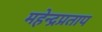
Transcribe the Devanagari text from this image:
महेन्द्रप्रताप